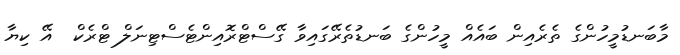
މާބަނޑުމީހުންގެ ތެރެއިން ބައެއް މީހުންގެ ބަނޑުތެރޭގައިވާ ގޭސްޓްރޮއިންޓެސްޓިނަލް ޓްރެކް  އޭ ކިޔާ